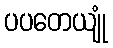
ပပတေယျုံ